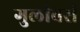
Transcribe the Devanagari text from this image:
गुलीवर्स